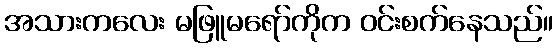
အသားကလေး မဖြူမရော်ကိုက ဝင်းစက်နေသည်။